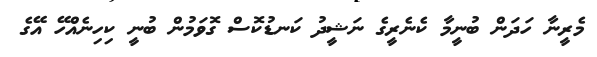
މެރީނާ ހަދަން ބުނީމާ ކެނެރީގެ ނަޝީދު ކަނޑުކޮސް ގޮވަމުން ބުނީ ކިހިނެއްހޭ އޭގެ